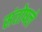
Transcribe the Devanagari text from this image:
संतोषले